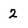
Character: 2